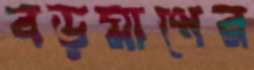
বড়মাপের